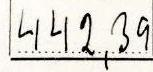
442,39